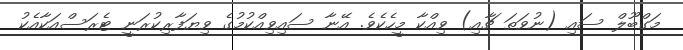
މަގްބޫލް ސައި (ނުވަތަ ޗާއި) ވިއްކާ މީހެކެވެ. އޭނާ ސައިވިއްކުމުގެ ވިޔަފާރިކުރަނީ ޓެރަސްއަކާއެކު